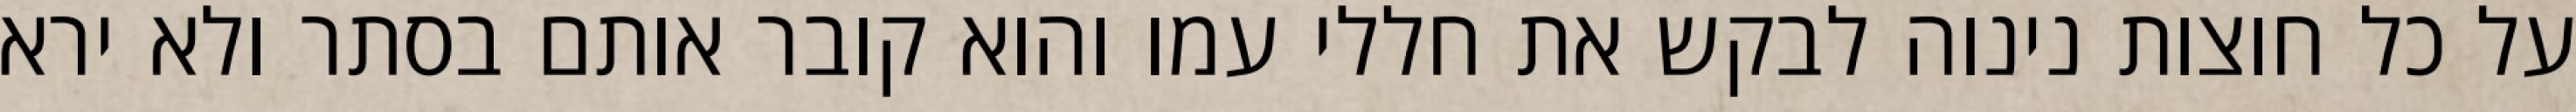
על כל חוצות נינוה לבקש את חללי עמו והוא קובר אותם בסתר ולא ירא